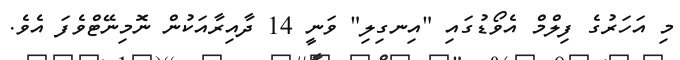
މި އަހަރުގެ ފިލްމް އެވޯޑުގައި "އިނގިލި" ވަނީ 14 ދާއިރާއަކުން ނޮމިނޭޓްވެފަ އެވެ.